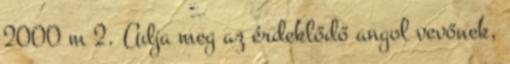
2000 m 2. Adja meg az érdeklődő angol vevőnek,